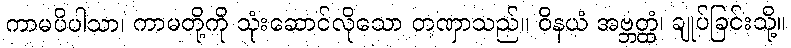
ကာမပိပါသာ၊ ကာမတို့ကို သုံးဆောင်လိုသော တဏှာသည်။ ဝိနယံ အဗ္ဘတ္ထံ၊ ချုပ်ခြင်းသို့။